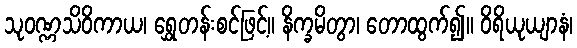
သုဝဏ္ဏသိဝိကာယ၊ ရွှေတန်းစင်ဖြင့်။ နိက္ခမိတွာ၊ တောထွက်၍။ ဝိရိယုယျာနံ၊